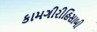
કામગીરીહિસાબી